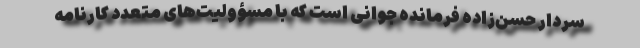
سردار حسن‌زاده فرمانده جوانی است که با مسؤولیت‌های متعدد کارنامه